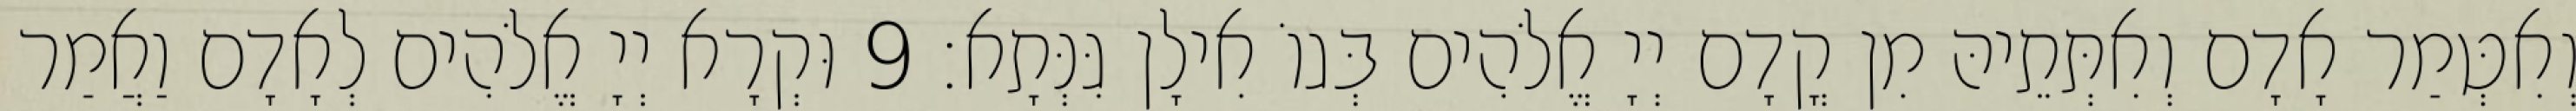
וְאִטְּמַר אָדָם וְאִתְּתֵיהּ מִן קֳדָם יְיָ אֱלֹהִים בְּגוֹ אִילָן גִּנְּתָא׃ 9 וּקְרָא יְיָ אֱלֹהִים לְאָדָם וַאֲמַר